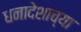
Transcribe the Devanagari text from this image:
धनादेशाच्या